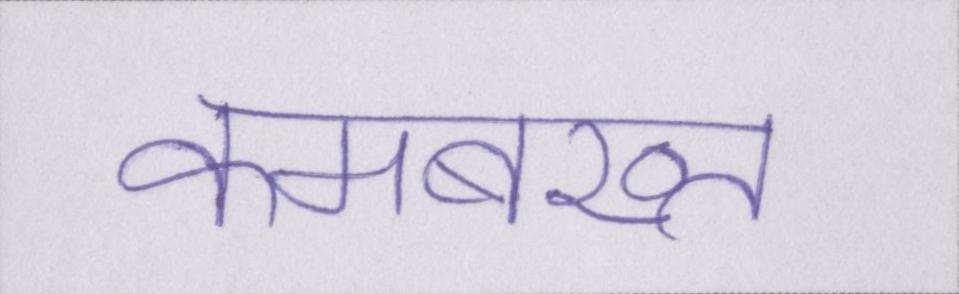
कमबख्त